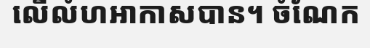
លើលំហអាកាសបាន។ ចំណែក